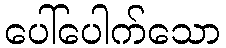
ပေါ်ပေါက်သော